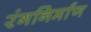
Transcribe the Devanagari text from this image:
रंगनिर्माण